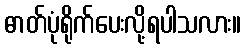
ဓာတ်ပုံရိုက်ပေးလို့ရပါသလား။